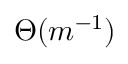
\Theta ( m ^ { - 1 } )